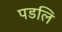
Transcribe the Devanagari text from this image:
पडलि